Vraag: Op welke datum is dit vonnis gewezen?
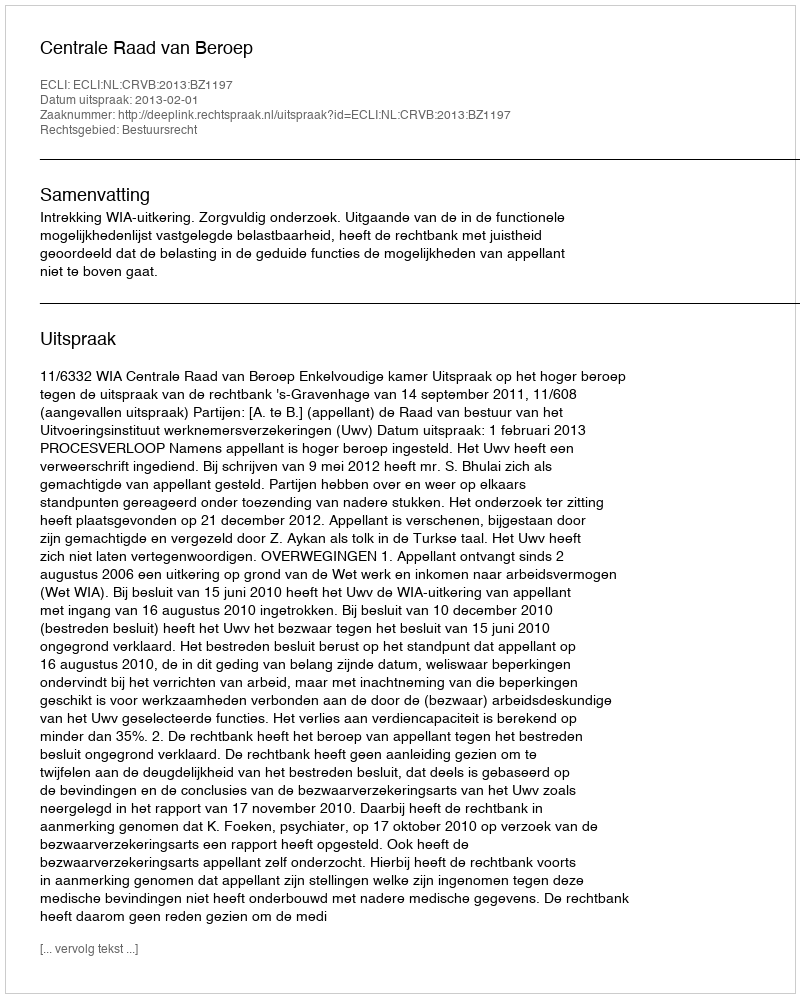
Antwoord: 2013-02-01